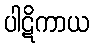
ပါဋိကာယ